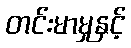
တင်းမာမှုနှင့်